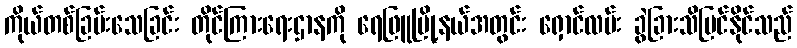
ကိုယ်တစ်ခြမ်းသေခြင်း တိုင်ကြားရေးဌာနကို ရေဖြူမြို့နယ်အတွင်း ရှောင်လမ်း ခွဲခြားသိမြင်နိုင်သည်